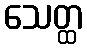
သေတ္ထ